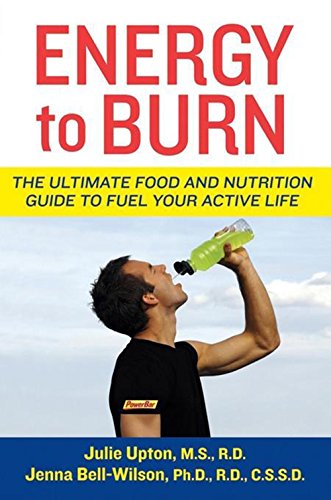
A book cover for Energy to Burn: The Ultimate Food and Nutrition Guide to Fuel Your Active Life; Julie Upton; Health, Fitness & Dieting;